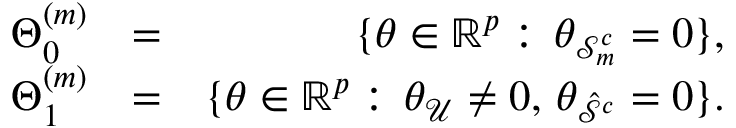
\begin{array} { r l r } { \Theta _ { 0 } ^ { ( m ) } } & { = } & { \{ \theta \in \mathbb { R } ^ { p } : \, \theta _ { \mathcal { S } _ { m } ^ { c } } = 0 \} , } \\ { \Theta _ { 1 } ^ { ( m ) } } & { = } & { \{ \theta \in \mathbb { R } ^ { p } : \, \theta _ { \mathcal { U } } \neq 0 , \, \theta _ { \hat { \mathcal { S } } ^ { c } } = 0 \} . } \end{array}